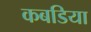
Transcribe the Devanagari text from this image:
कबडिया